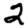
Digit: 2